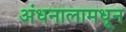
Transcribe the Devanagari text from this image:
अंधनालामधून